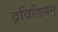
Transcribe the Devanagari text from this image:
द्रविङियन्